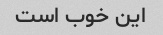
این خوب است